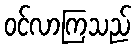
ဝင်လာကြသည်